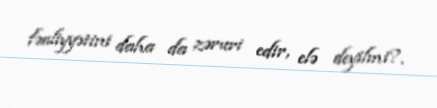
fəaliyyətini daha da zəruri edir, elə deyilmi?.